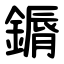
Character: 䥎